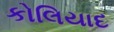
કોલિયાદ